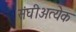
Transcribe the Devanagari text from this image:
संघीअत्येक